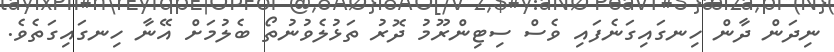
ނިދަން ދާން ހިނގައިގަނެފައި ވެސް ސިޓިންރޫމު ދޮރު ތަޅުލެވުނުތޯ ބެލުމަށް އޭނާ ހިނގައިގަތެވެ.